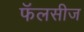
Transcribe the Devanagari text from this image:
फॅलसीज